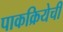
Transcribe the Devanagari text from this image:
पाकक्रियेची